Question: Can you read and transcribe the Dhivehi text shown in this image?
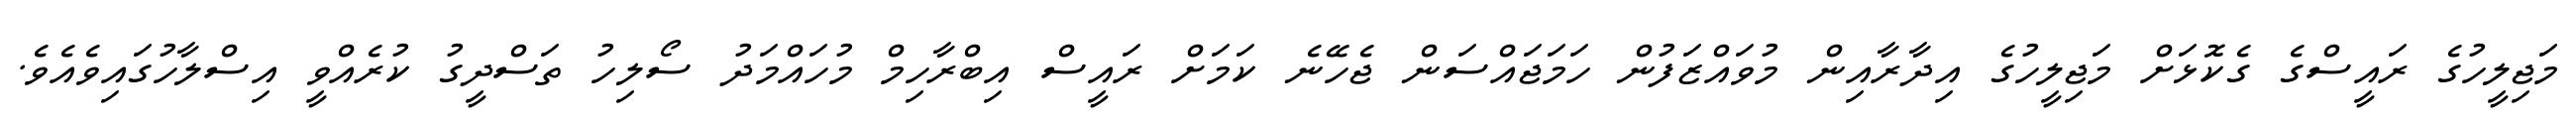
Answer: މަޖިލީހުގެ ރައީސްގެ ގެކޮޅަށް މަޖިލީހުގެ އިދާރާއިން މުވައްޒަފުން ހަމަޖައްސަން ޖެހޭނެ ކަމަށް ރައީސް އިބްރާހިމް މުހައްމަދު ސޯލިހު ތަސްދީގު ކުރެއްވީ އިސްލާހުގައިވެއެވެ.